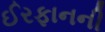
ઈરફાનની